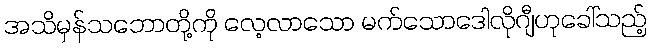
အသိမှန်သဘောတို့ကို လေ့လာသော မက်သောဒေါလိုဂျီဟုခေါ်သည့်